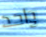
واحد